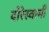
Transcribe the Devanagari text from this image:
दोरेस्वामी